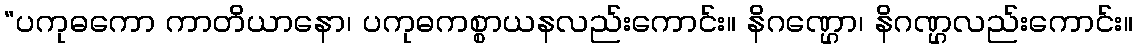
“ပကုဓကော ကာတိယာနော၊ ပကုဓကစ္စာယနလည်းကောင်း။ နိဂဏ္ဌော၊ နိဂဏ္ဌလည်းကောင်း။